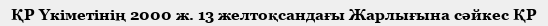
ҚР Үкіметінің 2000 ж. 13 желтоқсандағы Жарлығына сәйкес ҚР